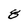
Character: 8